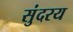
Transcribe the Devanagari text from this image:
सुंदरय